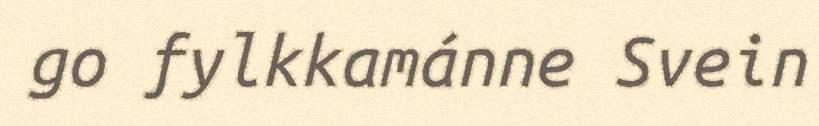
go fylkkamánne Svein